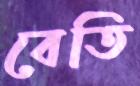
বেতি